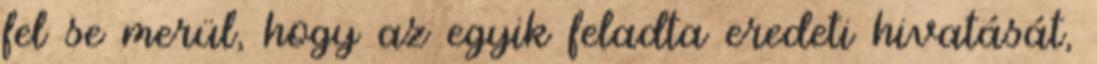
fel se merül, hogy az egyik feladta eredeti hivatását,